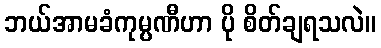
ဘယ်အာမခံကုမ္ပဏီဟာ ပို စိတ်ချရသလဲ။